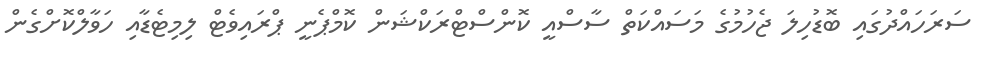
ސަރަހައްދުގައި ބޮޑުހިލަ ޖެހުމުގެ މަސައްކަތް ސާސްއީ ކޮންސްޓްރަކްޝަން ކޮމްޕެނީ ޕްރައިވެޓް ލިމިޓެޑާއި ހަވާލްކޮށްގެން